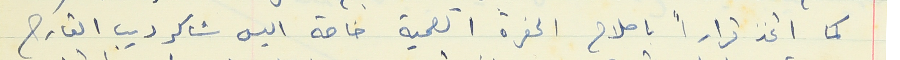
كما اتخذ قراراً باصلاح الحفرة الصحية خاصة اليس شاكر ديب القارح